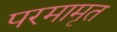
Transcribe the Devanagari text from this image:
परमामृत